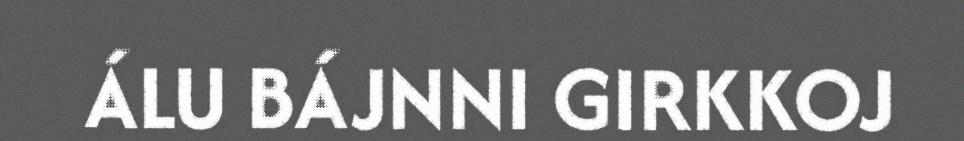
ÁLU BÁJNNI GIRKKOJ